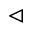
\vartriangleleft